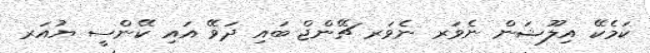
ކަމެކޭ އިލޫޝަން ނެވަރ ނެވަރ ޗޭންޖް ބައި ދަވޭ އައި ކޭންސީ ޔުއަރ